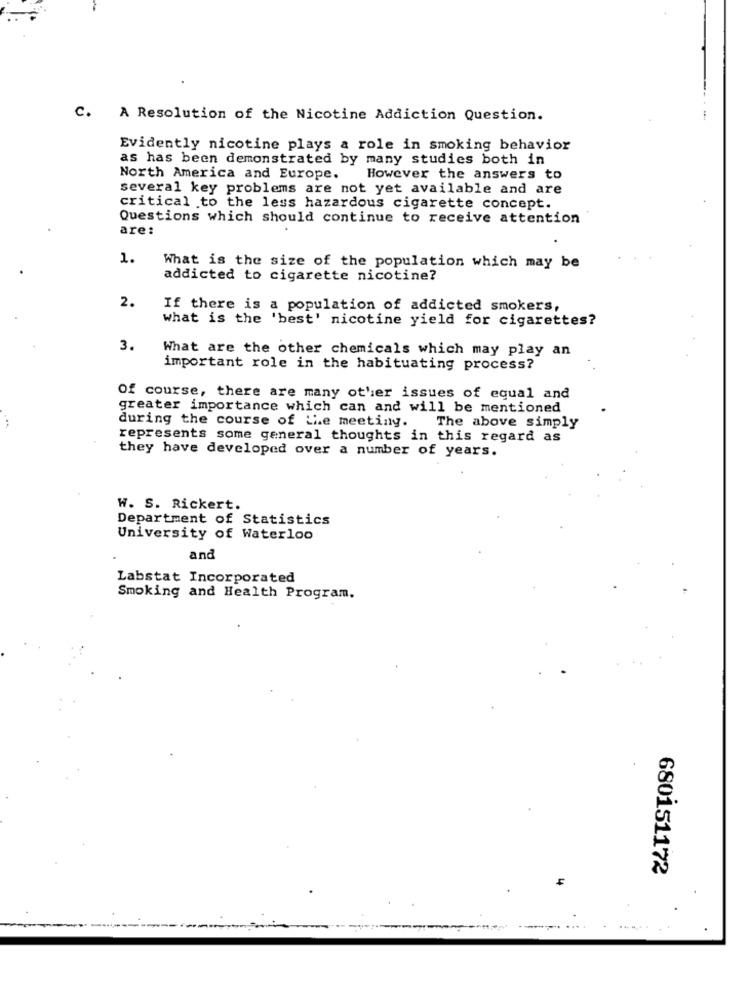
C. A Resolution of the Nicotine Addiction Question.
Evidently nicotine plays a role in smoking behavior
as has been demonstrated by many studies both in
North America and Europe.
However the answers to
several key problems are not yet available and are
critical to the less hazardous cigarette concept.
Questions which should continue to receive attention
are:
1.
What is the size of the population which may be
addicted to cigarette nicotine?
2.
If there is a population of addicted smokers,
what is the 'best' nicotine yield for cigarettes?
3.
What are the other chemicals which may play an
important role in the habituating process?
Of course, there are many other issues of equal and
greater importance which can and will be mentioned
during the course of the meeting.
The above simply
represents some general thoughts in this regard as
they have developed over a number of years.
W. S. Rickert.
Department of Statistics
University of Waterloo
and
Labstat Incorporated
Smoking and Health Program.
680151172